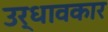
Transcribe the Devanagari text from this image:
उर्धावकार